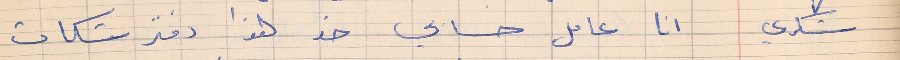
شكري      انا عامل حسابي خد هذا دفتر شكات